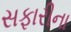
સફારીના